Report of the Hyderabad Chloroform Commission
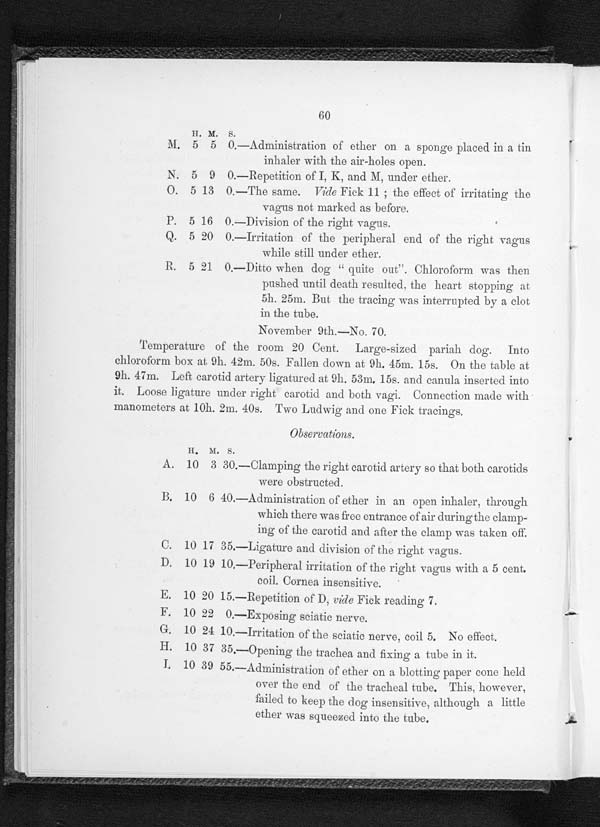
60
H . M .
s .
M. 5 5 0.—Administration of ether on a sponge placed in a tin
inhaler with the air-holes open.
N. 5 9 0.—Repetition of I, K, and M, under ether.
O. 5 13 0. —The s a me . Vi de Fi ck 11 t he ef f ect of i r r i t at i ng t he
vagus not marked as before.
P. 5 16 0.—Division of the right vagus.
Q. 5 20 0.—Irritation of the peripheral end of the right vagus
while still under ether.
R. 5 21 0.—Ditto when dog " quite out". Chloroform was then
pushed until death resulted. the heart stopping at
5h. 25m. But the tracing was interrupted by a clot
in the tube.
November 9th.—No. 70.
Temperature of the room 20 Cent, Large-sized pariah dog. Into
chloroform box at 9h. 42m. 50s. Fallen down at 9h. 45m. 15s. On the table at
9h. 47m. Left carotid artery ligatured at 9h. 53m, 15s. and canula inserted into
it. Loose ligature under right carotid and both vagi. Connection made with
manometers at 10h. 2m. 40s. Two Ludwig and one Fick tracings.
Observations.
H . M . S .
A. 10 3 30.—Clamping the right carotid artery so that both carotids
were obstructed.
B. 10 6 40.—Administration of ether in an open inhaler, through
which there was free entrance of air during the clamp-
ing of the carotid and after the clamp was taken off.
C. 10 17 35.—Ligature and division of the right vagus.
D. 10 19 10.—Peripheral irritation of the right vagus with a 5 cent.
coil. Cornea insensitive.
E.
1 0
2 0 1 5 . — R e p e t i t i o n o f D ,
v i d e
F i c k r e a d i n g7
.
F. 10 22 0.—Exposing sciatic nerve.
G. 10 24 10.—Irritation of the sciatic nerve, coil 5. No effect.
H.
1 0 3 7 3 5 . —O p e n i n g t h e t r a c h e a a n d f i x i n g a t u b e i n i t .
I 1 0 3 9 5 5 . — A d m i n i s t r a t i o n o f e t h e r o n a b l o t t i n g p a p e r c o n e h e l d
over the end of the tracheal tube. This, however,
-failed to keep the dog insensitive, although a little
ether was squeezed into the tube.